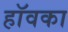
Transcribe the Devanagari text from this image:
हॉवका